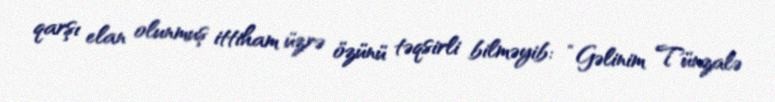
qarşı elan olunmuş ittiham üzrə özünü təqsirli bilməyib: “Gəlinim Tünzalə